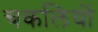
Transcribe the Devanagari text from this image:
चकलियों